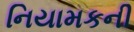
નિયામકની